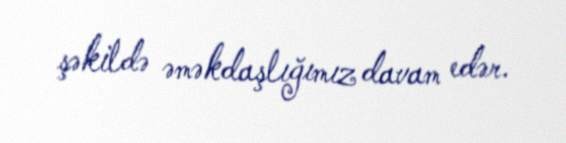
şəkildə əməkdaşlığımız davam edər.